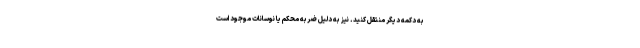
به دکمه دیگر منتقل کنید. نیز به دلیل ضربه محکم یا نوسانات موجود است